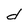
Character: d